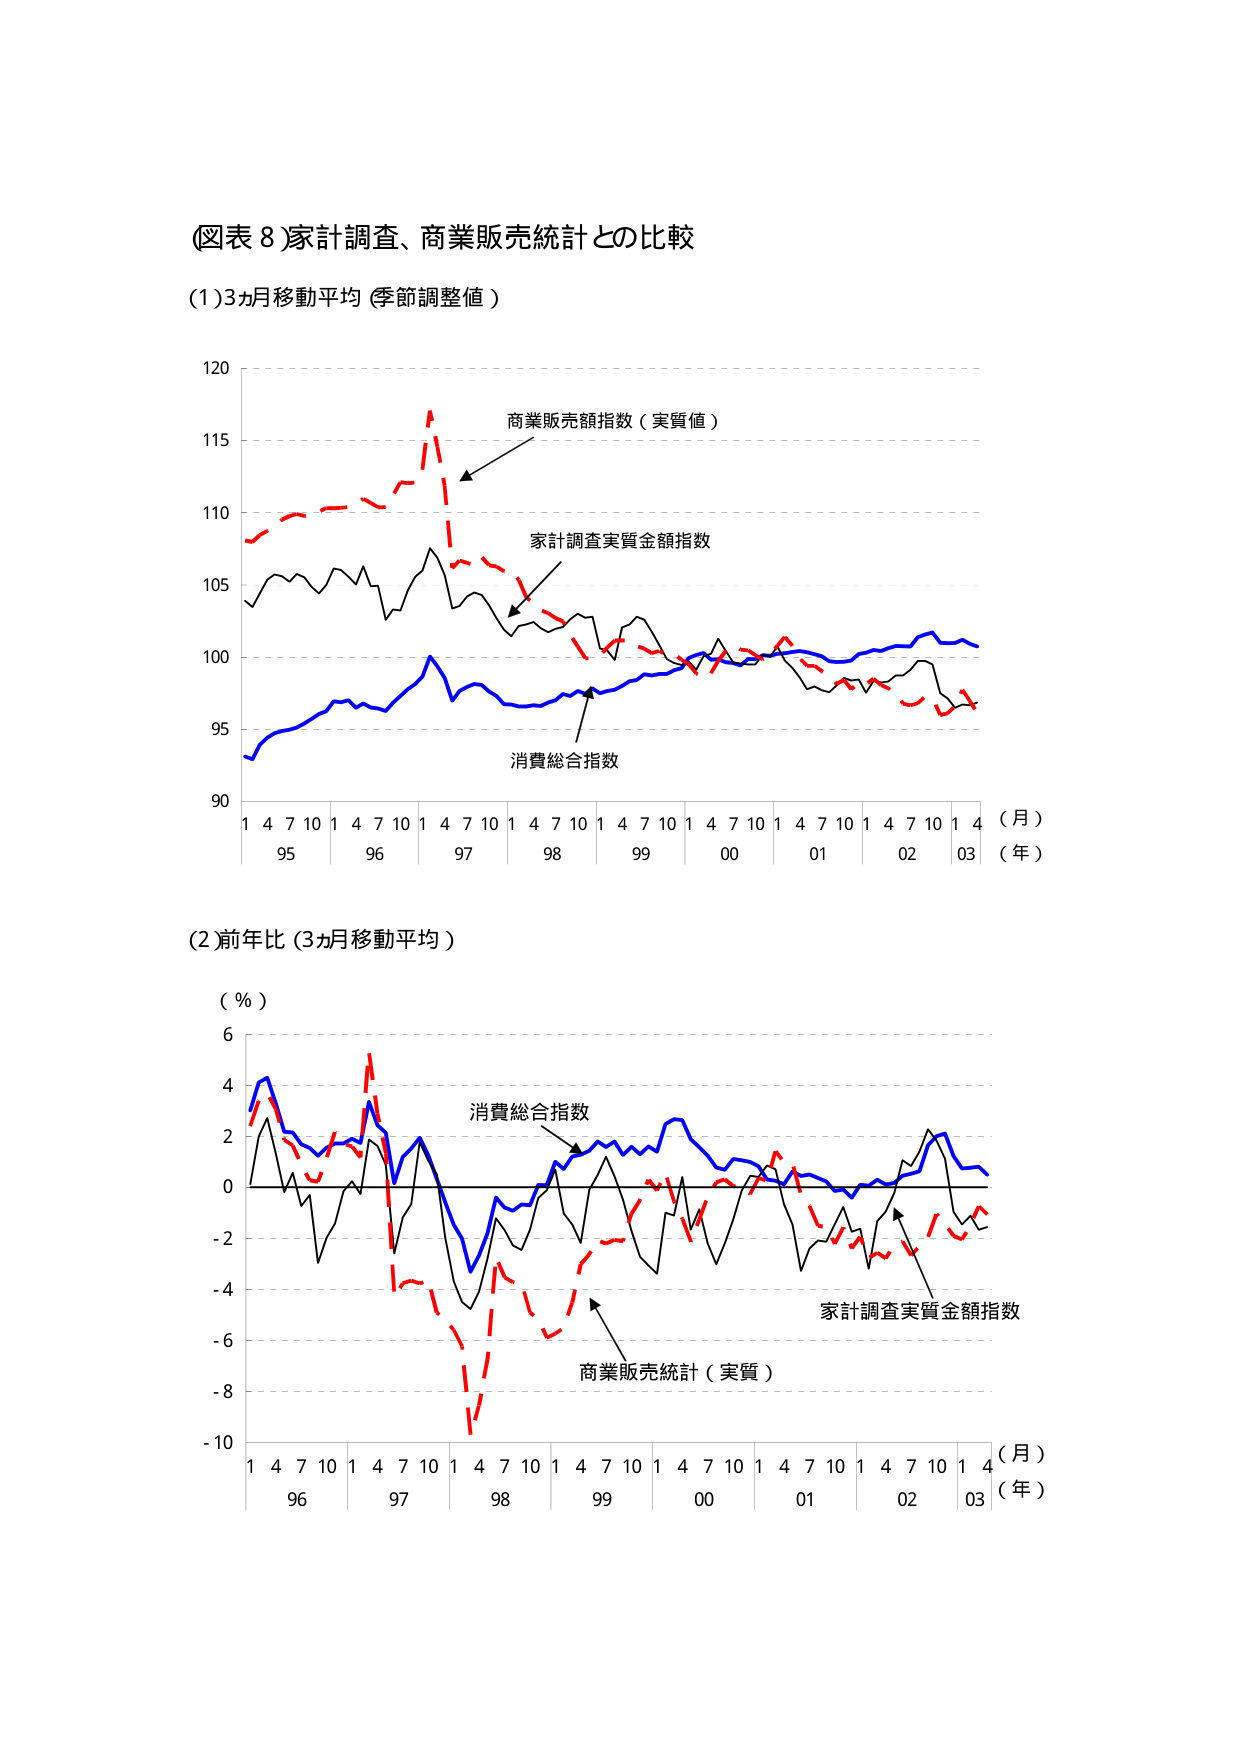
(図表 8)家計調査、商業販売統計との比較

(1)3ヵ月移動平均（季節調整値）

120
115
110
105
100
95
90

1 4 7 10 1 4 7 10 1 4 7 10 1 4 7 10 1 4 7 10 1 4 7 10 1 4 7 10 1 4
95 96 97 98 99 00 01 02 03
（月）
（年）

商業販売額指数（実質値）
家計調査実質金額指数
消費総合指数

(2)前年比（3ヵ月移動平均）

（％）
6
4
2
0
-2
-4
-6
-8
-10

1 4 7 10 1 4 7 10 1 4 7 10 1 4 7 10 1 4 7 10 1 4 7 10 1 4
96 97 98 99 00 01 02 03
（月）
（年）

消費総合指数
家計調査実質金額指数
商業販売統計（実質）